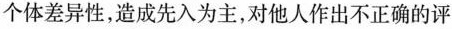
个体差异性，造成先入为主，对他人作出不正确的评